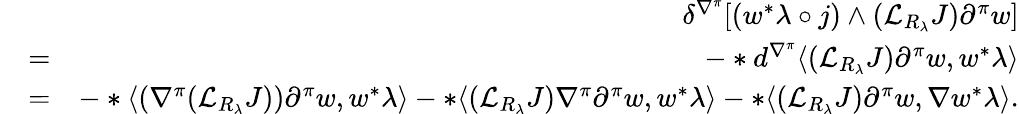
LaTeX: \begin{array}{rlr}&{}&{\delta^{\nabla^{\pi}}[(w^{*}\lambda\circ j)\wedge({\mathcal L}_{R_{\lambda}}J)\partial^{\pi}w]}\\ &{=}&{-*d^{\nabla^{\pi}}\langle({\mathcal L}_{R_{\lambda}}J)\partial^{\pi}w,w^{*}\lambda\rangle}\\ &{=}&{-*\langle(\nabla^{\pi}({\mathcal L}_{R_{\lambda}}J))\partial^{\pi}w,w^{*}\lambda\rangle-*\langle({\mathcal L}_{R_{\lambda}}J)\nabla^{\pi}\partial^{\pi}w,w^{*}\lambda\rangle-*\langle({\mathcal L}_{R_{\lambda}}J)\partial^{\pi}w,\nabla w^{*}\lambda\rangle.}\end{array}